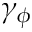
\gamma _ { \phi }